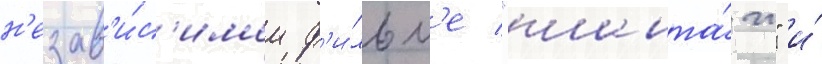
н'езав'и́с'имом ф'и́льм'е "шанта́ж" и́